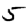
Digit: 5